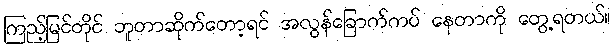
ကြည့်မြင်တိုင် ဘူတာဆိုက်တော့ရင် အလွန်ခြောက်ကပ် နေတာကို တွေ့ရတယ်။